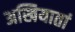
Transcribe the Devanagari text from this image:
अखियातां